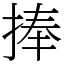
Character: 捧